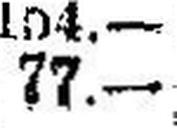
77.—